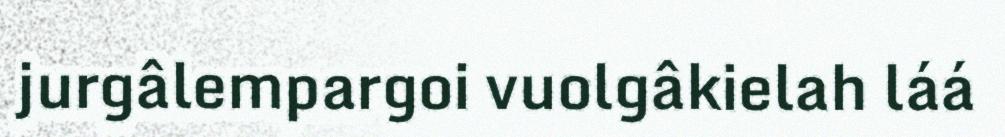
jurgâlempargoi vuolgâkielah láá